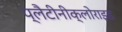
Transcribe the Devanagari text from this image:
प्लैटीनीक्लोराइड